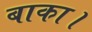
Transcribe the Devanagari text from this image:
बाका।